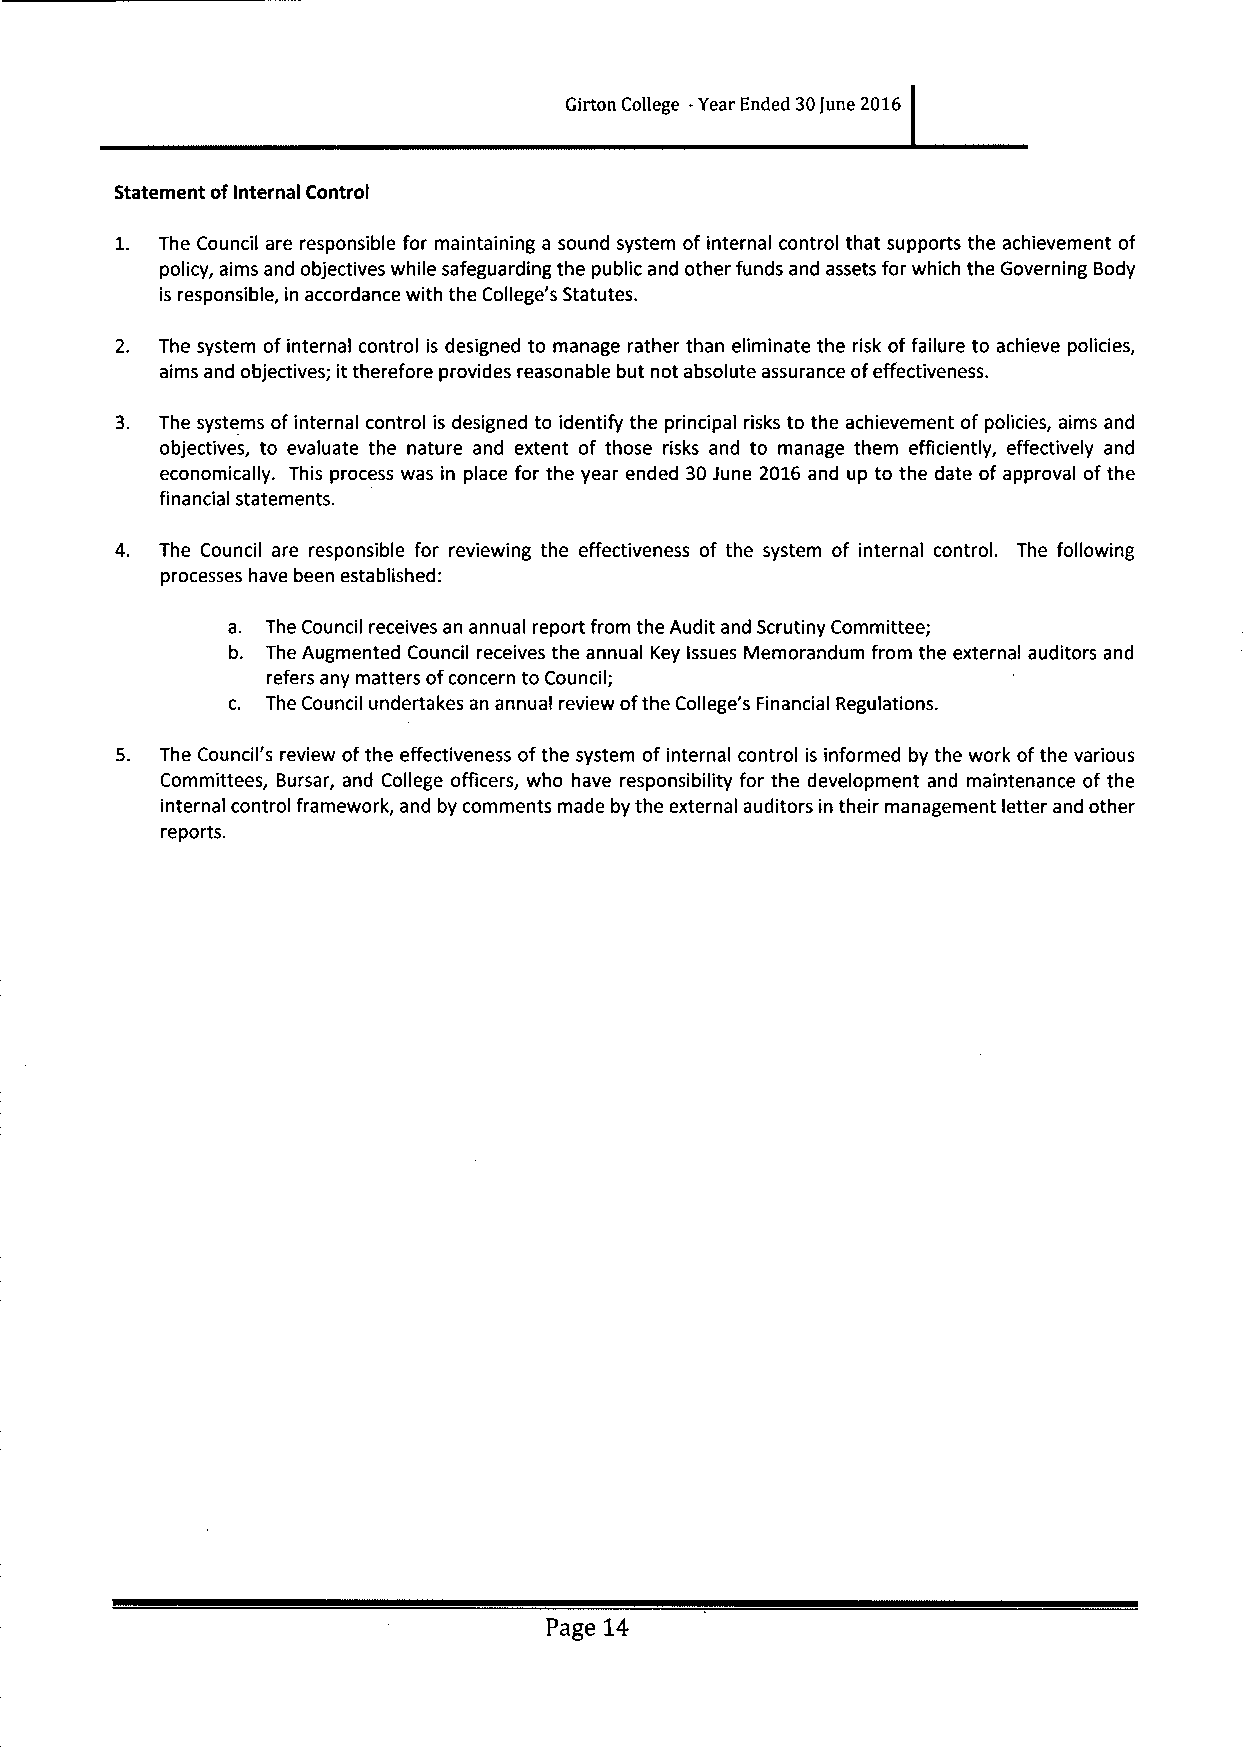
Girton College -Year Ended 30June 2016
 Statement ofInternal Control
 1. The Council are responsible for maintaining a sound system of internal control that supports the achievement of
 policy, aims and objectives while safeguarding the public and other funds and assets for which the Governing Body
 is responsible, in accordance with the College's Statutes.
 2. The system of internal control is designed to manage rather than eliminate the risk offailure to achieve policies,
 aims and objectives; ittherefore provides reasonable but not absolute assurance ofeffectiveness.
 3. The systems ofinternal control is designed to identify the principal risks to the achievement of policies, aims and
 objectives, to evaluate the nature and extent of those risks and to manage them efficiently, effectively and
 economically. This process was in place for the year ended 30June 2016 and up to the date of approval of the
 financial statements.
 4. The Council are responsible for reviewing the effectiveness of the system of internal control. The following
 processes have been established:
 a. The Council receives an annual report from the Audit and Scrutiny Committee;
 b. The Augmented Council receives the annual Key Issues Memorandum from the external auditors and
 refers any matters ofconcern to Council;
 c. The Council undertakes an annual review ofthe College's Financial Regulations.
 S. The Council's review ofthe effectiveness ofthe system of internal control is informed by the work ofthe various
 Committees, Bursar, and College officers, who have responsibility for the development and maintenance of the
 internal control framework, and by comments made by the external auditors in their management letter and other
 reports.
 Page 14